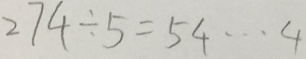
2 7 4 \div 5 = 5 4 \cdots 4